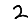
Digit: 2